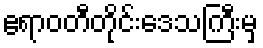
ဧရာဝတီတိုင်းဒေသကြီးမှ